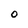
Character: O